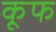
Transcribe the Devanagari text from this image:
कूफ